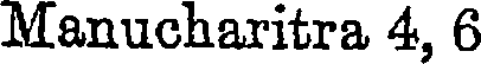
Manucharitra 4, 6